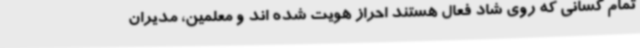
تمام کسانی که روی شاد فعال هستند احراز هویت شده اند و معلمین، مدیران